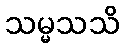
သမ္မသသိ